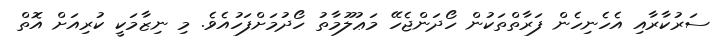
ސަރުކާރާއި އެހެނިހެން ފަރާތްތަކުން ހޯދަންޖެހޭ މަޢުލޫމާތު ހޯދުމަށްފަހުއެވެ. މި ނިޒާމަކީ ކުރިއަށް އޮތް